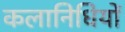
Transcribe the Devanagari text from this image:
कलानिधियों